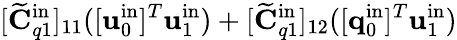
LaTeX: [\widetilde{\mathbf{C}}_{q1}^{\mathrm{in}}]_{11}([\mathbf{u}_{0}^{\mathrm{in}}]^{T}\mathbf{u}_{1}^{\mathrm{in}})+[\widetilde{\mathbf{C}}_{q1}^{\mathrm{in}}]_{12}([\mathbf{q}_{0}^{\mathrm{in}}]^{T}\mathbf{u}_{1}^{\mathrm{in}})